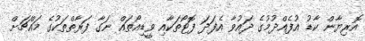
އޮރިޔާން ކާޑު އުފެއްދުމުގެ ދައުވާ އެފަދަ ފޮޓޯތަކާއި ވީޑިއޯތައް ނަގާ ފަރާތްތަކުގެ މައްޗަށް